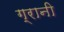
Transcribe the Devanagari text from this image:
ग्रानी